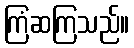
ကြံဆကြသည်။